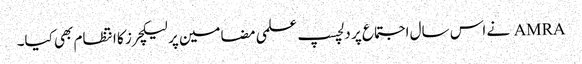
AMRA نے اس سال اجتماع پر دلچسپ علمی مضامین پر لیکچرز کا انتظام بھی کیا۔